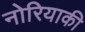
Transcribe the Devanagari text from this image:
नोरियाकी